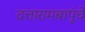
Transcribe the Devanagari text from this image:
दत्तारामबापूंचे